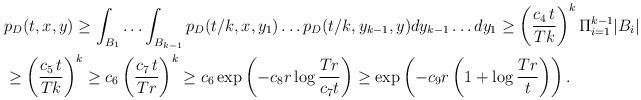
LaTeX: \begin{align*}&p_D(t,x,y)\ge \int_{B_1}\ldots\int_{B_{k-1}}p_D(t/k,x,y_1)\ldots p_D(t/k, y_{k-1},y) dy_{k-1}\ldots dy_1\ge \left( \frac{c_4\,t}{Tk}\right)^k\Pi^{k-1}_{i=1} |B_i| \\&\ge \left(\frac{c_5\,t}{Tk}\right)^{k}\ge c_6 \left(\frac{c_7\,t}{Tr}\right)^{k} \ge c_6 \exp\left(-c_8r\log\frac{Tr}{c_7t}\right) \ge \exp\left(-c_9r\left(1+\log\frac{Tr}{t}\right)\right).\end{align*}